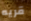
قريه